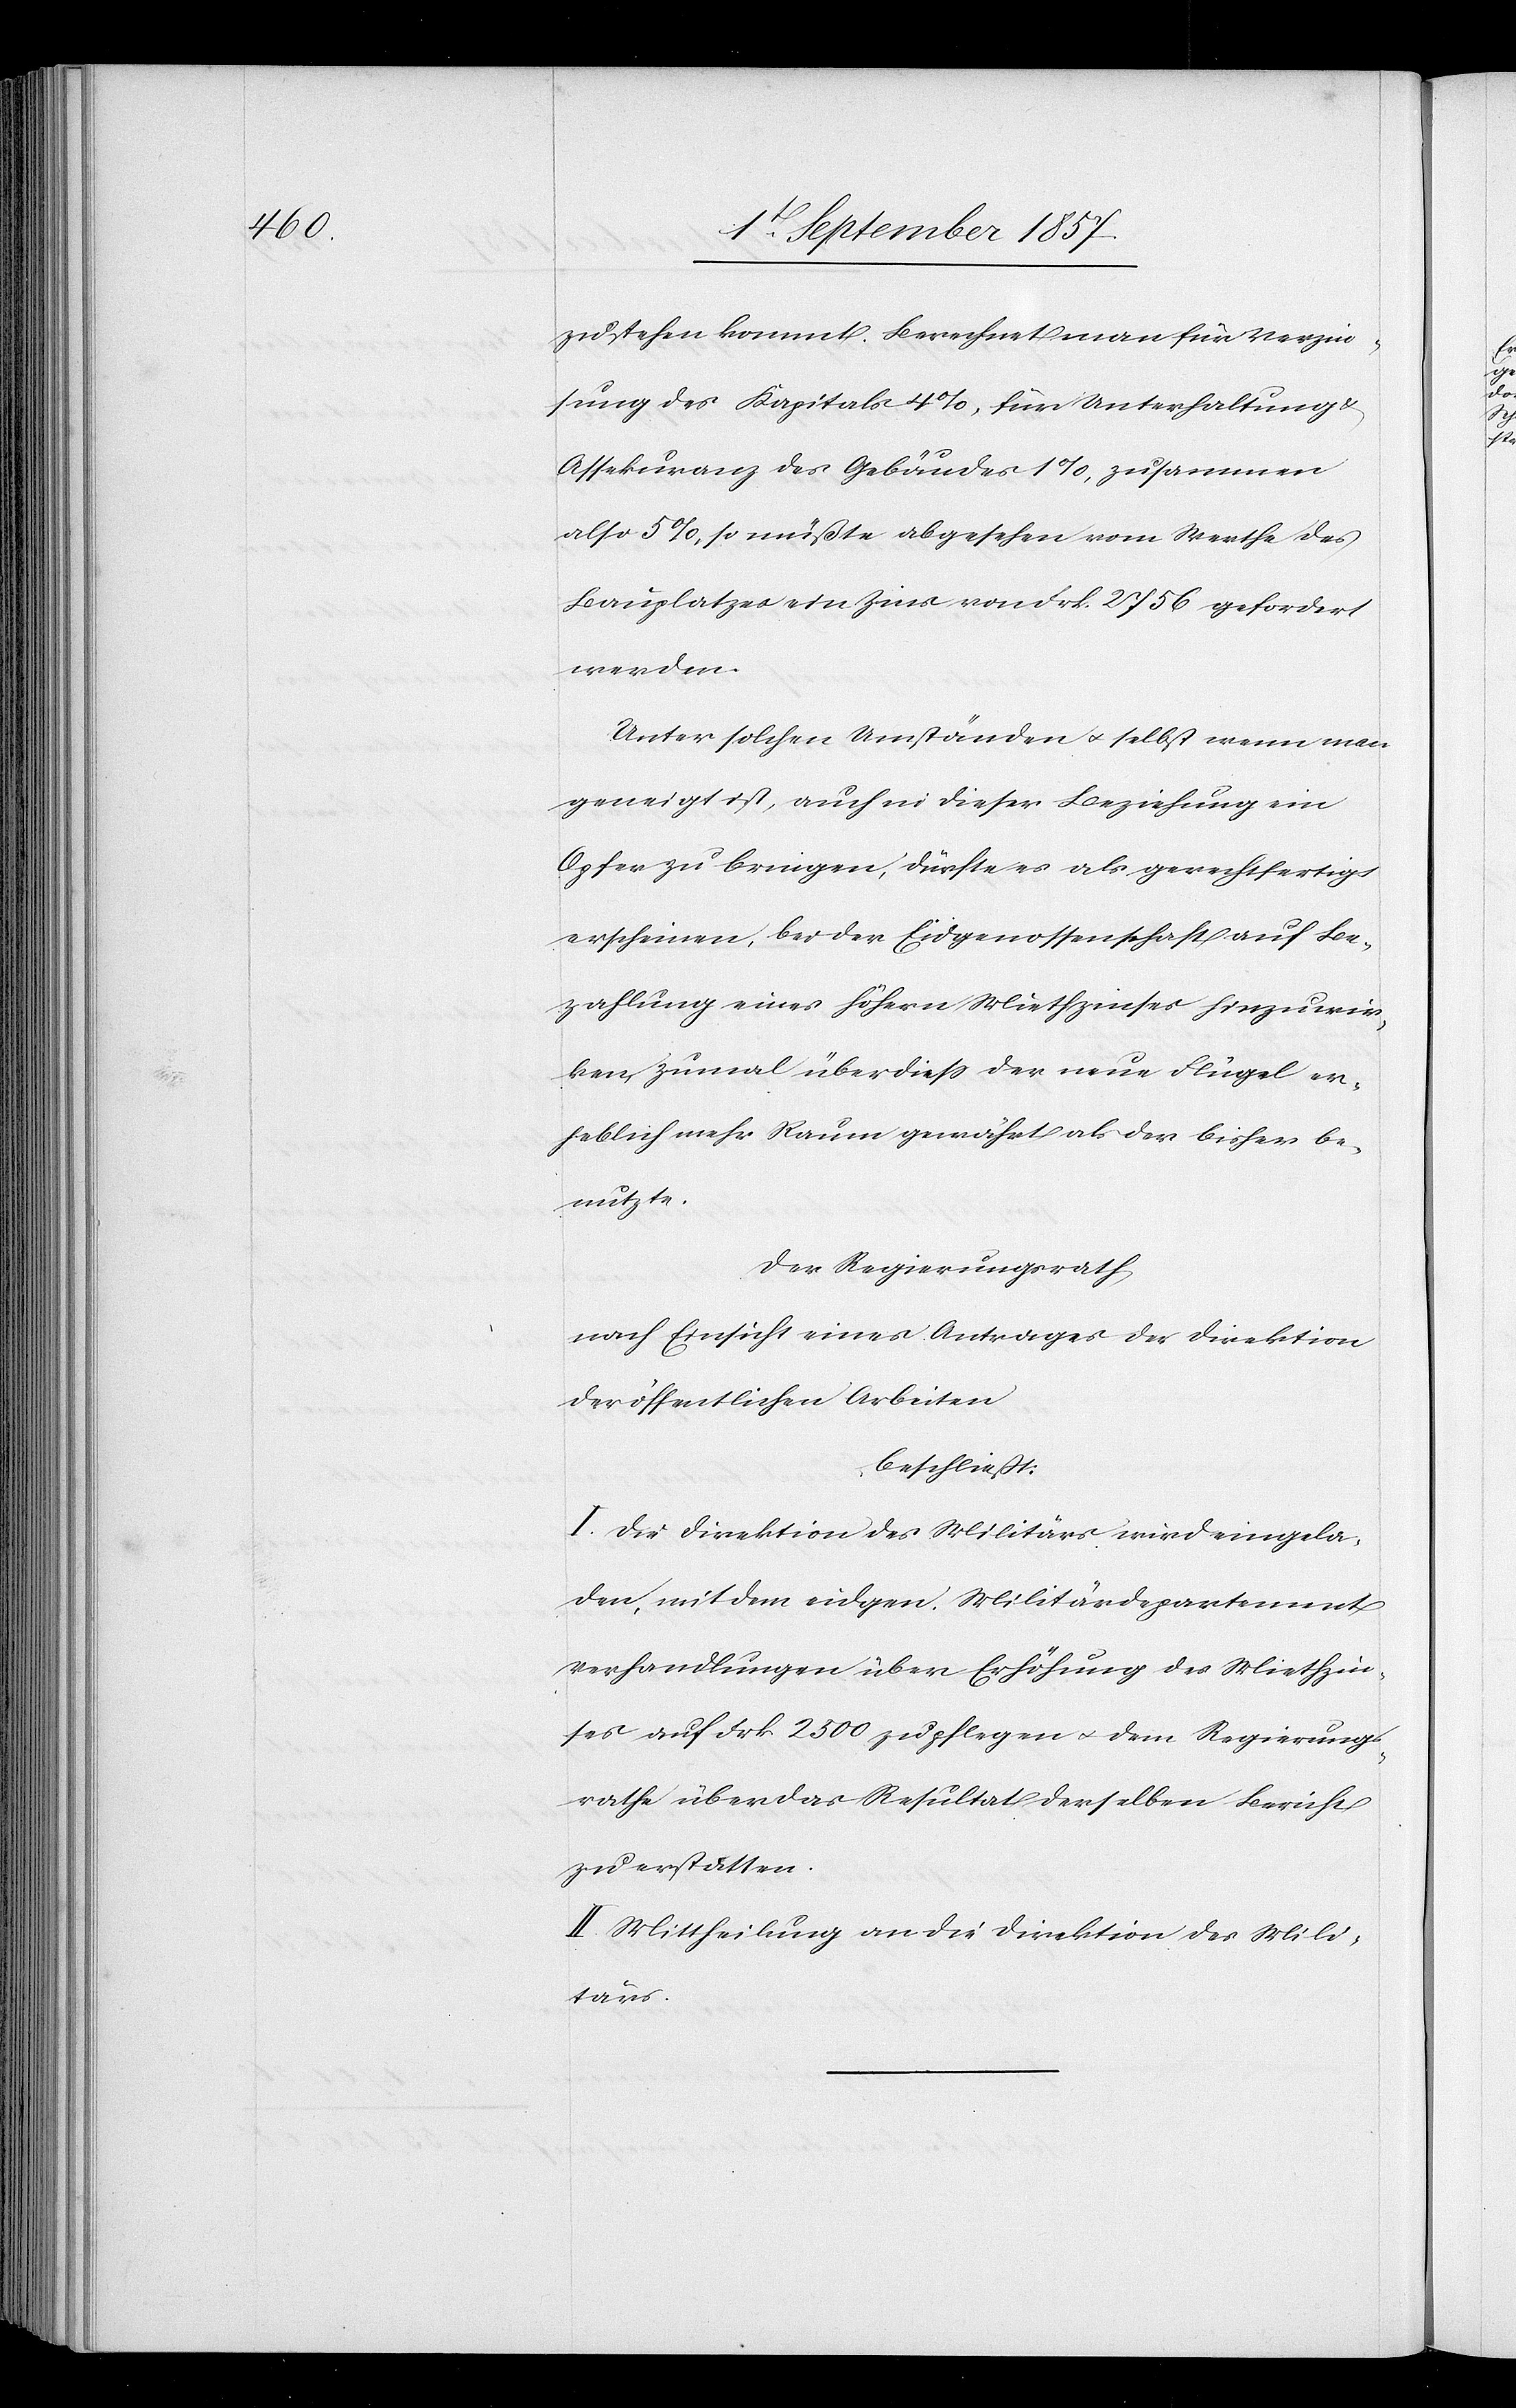
zu stehen kommt. Berechnet man für Verzin¬
sung des Kapitals 4%, für Unterhaltung &
Assekuranz des Gebäudes 1%, zusammen
also 5%, so müßte abgesehen vom Werthe des
Bauplatzes ein Zins von Frk 2756 gefordert
werden.
Unter solchen Umständen & selbst wenn man
geneigt ist, auch in dieser Beziehung ein
Opfer zu bringen, dürfte es als gerechtfertigt
erscheinen, bei der Eidgenossenschaft auf Be¬
zahlung eines höhern Miethzinses hinzuwir¬
ken, zumal überdieß der neue Flügel er¬
heblich mehr Raum gewährt, als der bisher be¬
nutzte.
Der Regierungsrath
nach Einsicht eines Antrages der Direktion
der öffentlichen Arbeiten,
beschließt:
I. Die Direktion des Militärs wird eingela¬
den, mit dem eidgen. Militärdepartement
Verhandlungen über Erhöhung des Miethzin¬
ses auf Frk. 2300 zu pflegen & dem Regierungs¬
rathe über das Resultat derselben Bericht
zu erstatten.
II. Mittheilung an die Direktion des Mili¬
tärs.